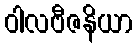
ဝါလဗီဇနိယာ